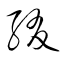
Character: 綴